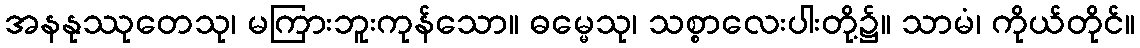
အနနုဿုတေသု၊ မကြားဘူးကုန်သော။ ဓမ္မေသု၊ သစ္စာလေးပါးတို့၌။ သာမံ၊ ကိုယ်တိုင်။